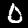
Digit: 0